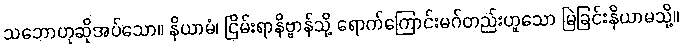
သဘောဟုဆိုအပ်သော။ နိယာမံ၊ ငြိမ်းရာနိဗ္ဗာန်သို့ ရောက်ကြောင်းမဂ်တည်းဟူသော မြဲခြင်းနိယာမသို့။